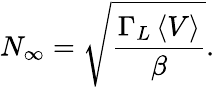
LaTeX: N_{\infty}=\sqrt{\frac{\Gamma_{L}\left\langle V\right\rangle}{\beta}}.